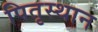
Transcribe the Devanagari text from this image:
पितृस्थान